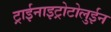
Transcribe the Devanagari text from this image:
ट्राईनाइट्रोटोलुईन